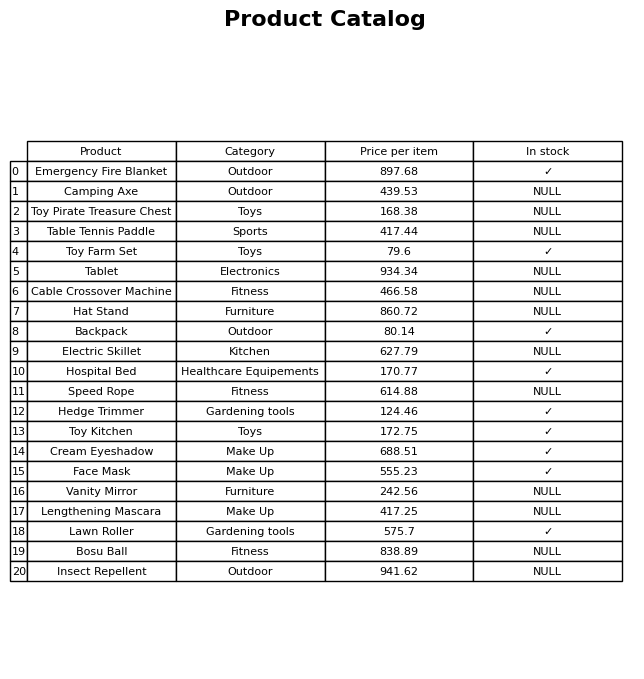
question: What is the price of the Lawn Roller?
answer: The price of Lawn Roller is 575.7.